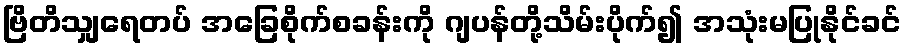
ဗြိတိသျှရေတပ် အခြေစိုက်စခန်းကို ဂျပန်တို့သိမ်းပိုက်၍ အသုံးမပြုနိုင်ခင်